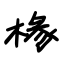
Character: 椽